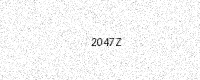
Text: 2047Z